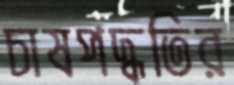
চাষপদ্ধতির